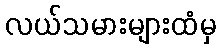
လယ်သမားများထံမှ